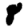
Digit: 8